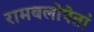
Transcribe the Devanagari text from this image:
रामबलोपेतां